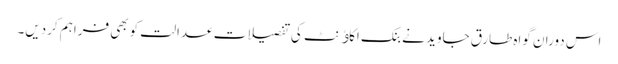
اس دوران گواہ طارق جاوید نے بنک اکاﺅنٹ کی تفصیلات عدالت کوبھی فراہم کردیں۔